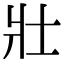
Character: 壯